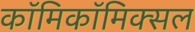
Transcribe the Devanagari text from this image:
काॅमिकॉमिक्सल